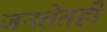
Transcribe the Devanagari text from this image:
जनतेतही